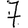
Digit: 7